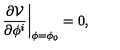
\left. \frac { \partial \mathcal { V } } { \partial \phi ^ { i } } \right| _ { \phi = \phi _ { 0 } } = 0 ,